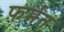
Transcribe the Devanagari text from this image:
फ़र्मत